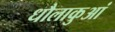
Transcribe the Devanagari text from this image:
धौलाकुआं